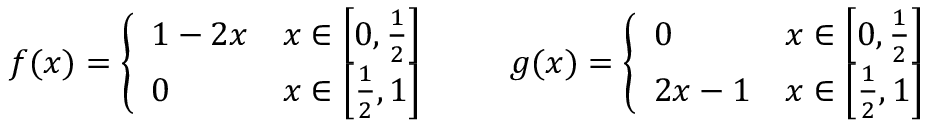
f ( x ) = { \left\{ \begin{array} { l l } { 1 - 2 x } & { x \in \left[ 0 , { \frac { 1 } { 2 } } \right] } \\ { 0 } & { x \in \left[ { \frac { 1 } { 2 } } , 1 \right] } \end{array} \right. } \qquad g ( x ) = { \left\{ \begin{array} { l l } { 0 } & { x \in \left[ 0 , { \frac { 1 } { 2 } } \right] } \\ { 2 x - 1 } & { x \in \left[ { \frac { 1 } { 2 } } , 1 \right] } \end{array} \right. }